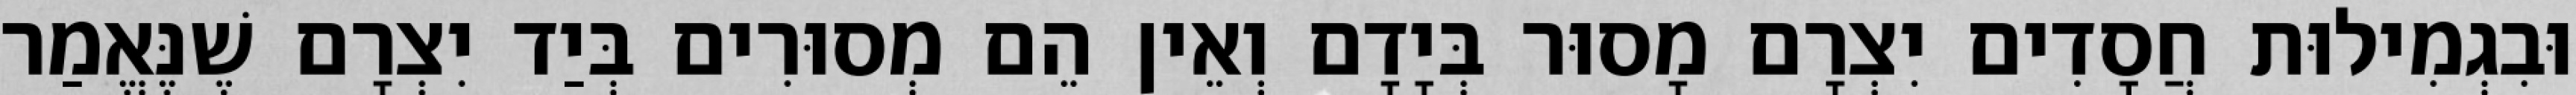
וּבִגְמִילוּת חֲסָדִים יִצְרָם מָסוּר בְּיָדָם וְאֵין הֵם מְסוּרִים בְּיַד יִצְרָם שֶׁנֶּאֱמַר